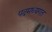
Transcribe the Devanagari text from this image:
पदमध्यगत